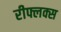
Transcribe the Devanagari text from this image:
रीफ्लक्स